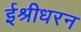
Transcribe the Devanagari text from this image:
ईश्रीधरन